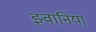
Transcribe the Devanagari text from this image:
झ्वानिया